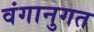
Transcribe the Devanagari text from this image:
वंगानुगत